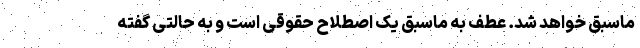
ماسبق خواهد شد. عطف به ماسبق یک اصطلاح حقوقی است و به حالتی گفته